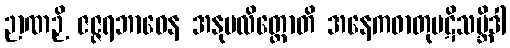
ဉာဏဉှိ ဇဇ္ဇရဘာဝေန အနုပလိတ္တောတိ အနေကဓာတုပဋိသမ္ဘိဒါ